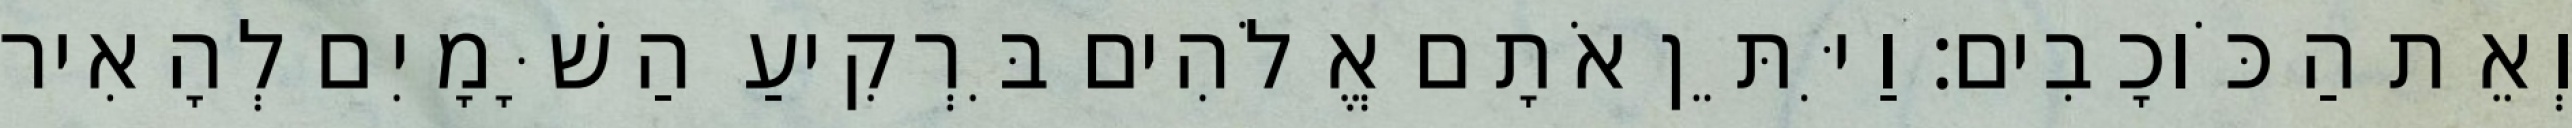
וְאֵת הַכֹּוכָבִים׃ וַיִּתֵּן אֹתָם אֱלֹהִים בִּרְקִיעַ הַשָּׁמָיִם לְהָאִיר